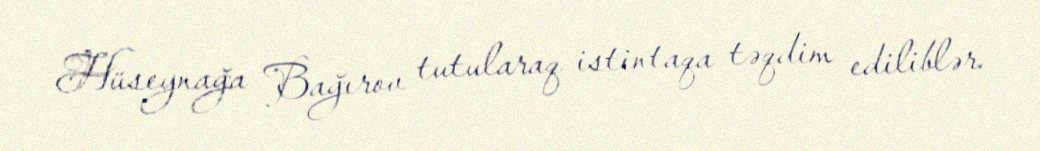
Hüseynağa Bağırov tutularaq istintaqa təqdim ediliblər.